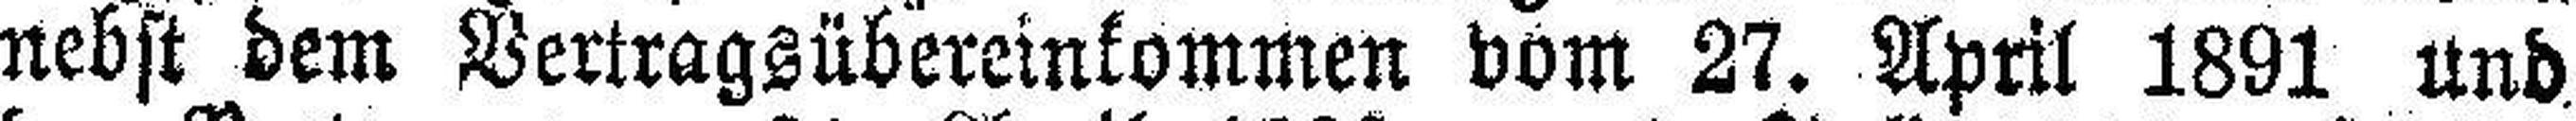
nebst dem Vertragsübereinkommen vom 27. April 1891 und